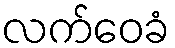
လက်ဝေခံ